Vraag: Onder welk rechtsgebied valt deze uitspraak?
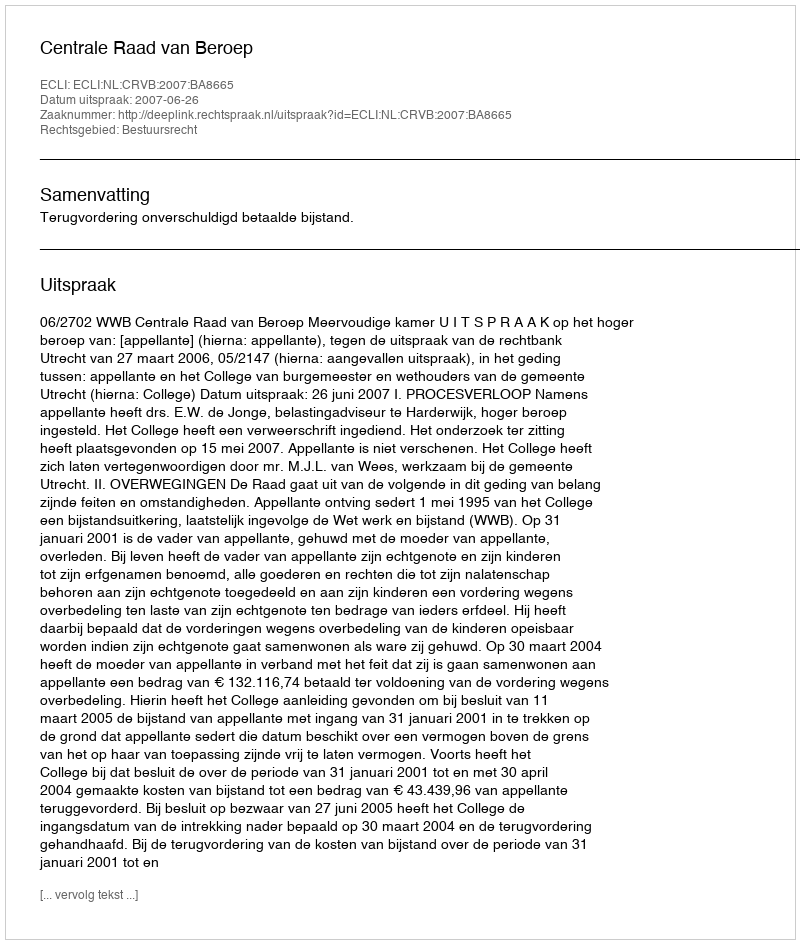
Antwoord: Bestuursrecht